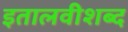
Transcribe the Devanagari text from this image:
इतालवीशब्द